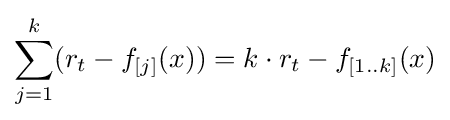
\sum _{j=1}^{k}(r_{t}-f_{[j]}(x))=k\cdot r_{t}-f_{[1..k]}(x)